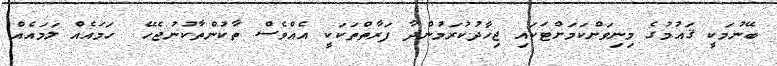
ބޭނުމަކީ ޤައުމުގެ މިނިވަންކަމަށްޓަކައި ޖިހާދުކުރަމުންދާ ފަރާތްތަކަކީ އެއްވެސް ތާކުންތާކުނުޖެހޭ  ހަމައެއް ލަމައެއް